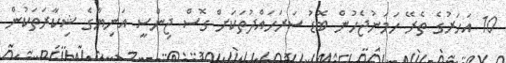
10 އަހަރުގެ ތެރޭ ހަމަނުޖެހުން ބޮޑު ސަރަހައްދުތަކަށް ގޮސް ޖިންސީ އަނިޔާގެ ޝިކާރަތަކުން